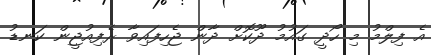
އެ ފިލްމު މި ހޯދީ ގައުމު ދޫކޮށް ދާން ޖެހިފައިވާ ރެފިއުޖީން ކަނޑު